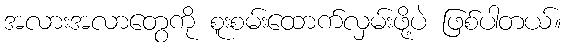
အလားအလာတွေကို စူးစမ်းထောက်လှမ်းဖို့ပဲ ဖြစ်ပါတယ်။